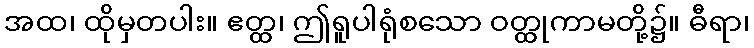
အထ၊ ထိုမှတပါး။ ဧတ္ထ၊ ဤရူပါရုံစသော ဝတ္ထုကာမတို့၌။ ဓီရာ၊